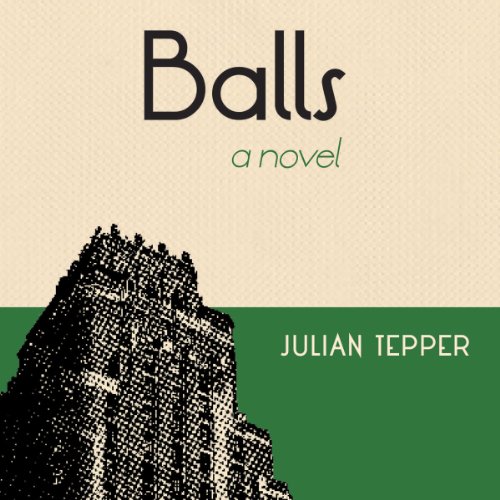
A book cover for Balls; Julian Tepper; Literature & Fiction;